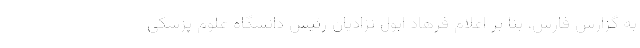
به گزارش فارس، بنا بر اعلام فرهاد ابول نژادیان رئیس دانشگاه علوم پزشکی